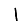
Digit: 1